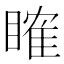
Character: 𥉑